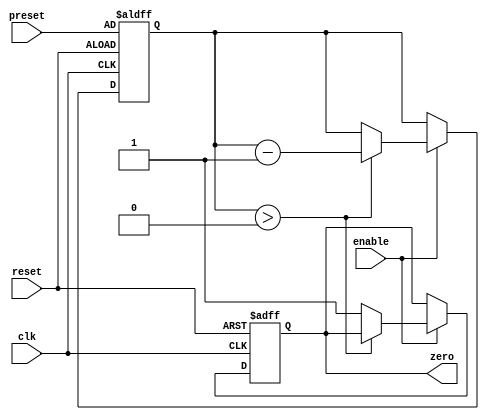
module CountdownTimer (
  input wire clk,
  input wire reset,
  input wire enable,
  input wire [7:0] preset,
  output reg zero
);

reg [7:0] count;

always @(posedge clk or posedge reset) begin
  if (reset) begin
    count <= preset;
    zero <= 0;
  end
  else if (enable) begin
    if (count > 0) begin
      count <= count - 1;
    end
    else begin
      zero <= 1;
    end
  end
end

endmodule